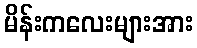
မိန်းကလေးများအား